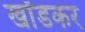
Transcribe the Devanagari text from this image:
खोंडकर